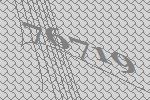
76719